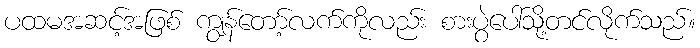
ပထမအဆင့်အဖြစ် ကျွန်တော့်လက်ကိုလည်း စားပွဲပေါ်သို့တင်လိုက်သည်။